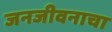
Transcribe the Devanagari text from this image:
जनजीवनाचा